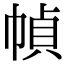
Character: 幀